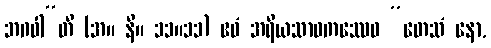
ဘဂဝါ”တိ (အ။ နိ။ ၁၁။၁၁) ဧဝံ အရိယသာဝကဿေဝ “တေသံ နော,